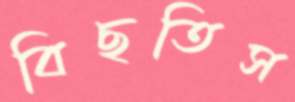
বিছতিস